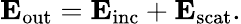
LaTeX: \mathbf{E}_{\mathrm{out}}=\mathbf{E}_{\mathrm{inc}}+\mathbf{E}_{\mathrm{scat}}.